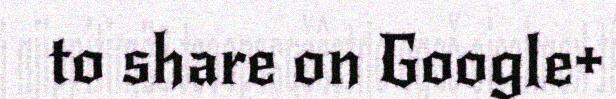
to share on Google+